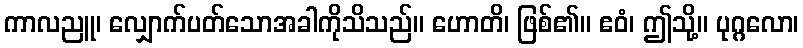
ကာလညူ၊ လျှောက်ပတ်သောအခါကိုသိသည်။ ဟောတိ၊ ဖြစ်၏။ ဧဝံ၊ ဤသို့။ ပုဂ္ဂလော၊